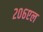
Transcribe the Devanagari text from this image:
२०६एल